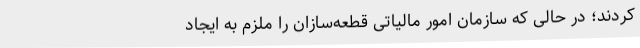
کردند؛ در حالی که سازمان امور مالیاتی قطعه‌سازان را ملزم به ایجاد